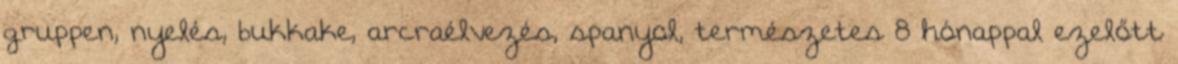
gruppen, nyelés, bukkake, arcraélvezés, spanyol, természetes 8 hónappal ezelőtt